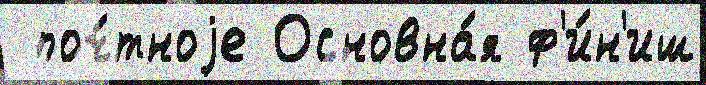
 поч́тноjе Основна́я ф'и́н'иш